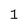
Character: 1